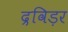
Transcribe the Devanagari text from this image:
द्रविड़र